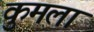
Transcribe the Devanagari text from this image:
कुमला